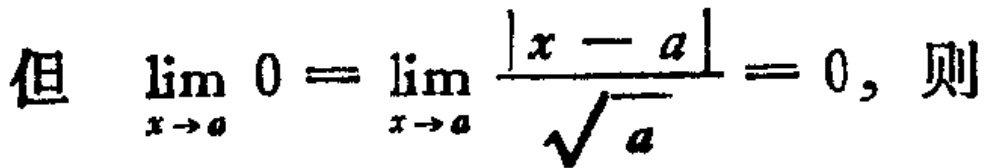
但 $\lim_{x \to a} 0 = \lim_{x \to a} \frac{|x - a|}{\sqrt{a}} = 0,$ 则